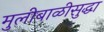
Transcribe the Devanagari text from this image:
मुलीबाळीसुद्धा